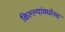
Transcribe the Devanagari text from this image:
किल्ल्यांमधोनच